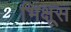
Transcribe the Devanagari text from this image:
भिक्षूस